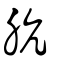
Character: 肮